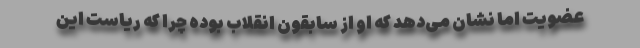
عضویت اما نشان می‌دهد که او از سابقون انقلاب بوده چرا که ریاست این